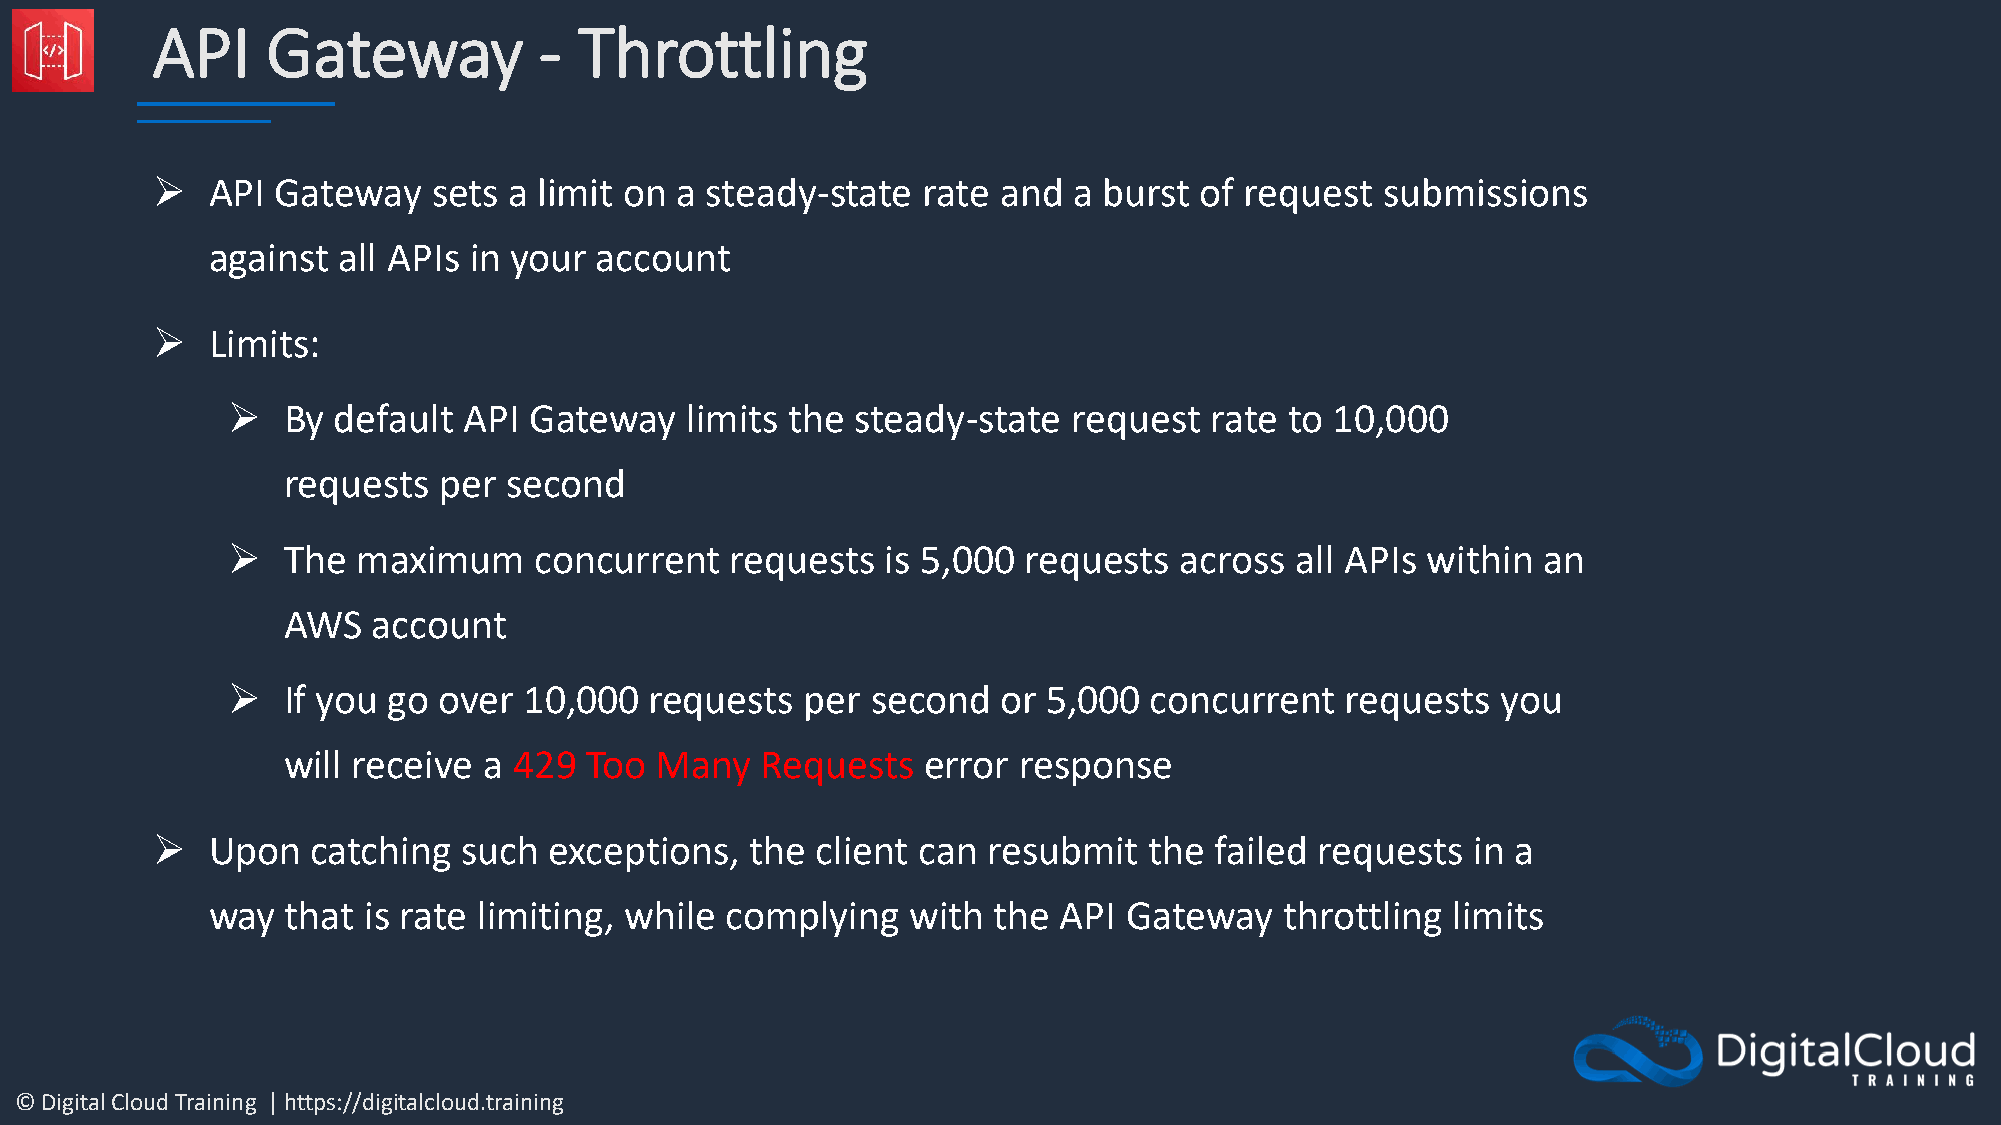
API     Gateway           - Throttling
 ➢   API Gateway    sets a limit on a steady-state  rate and  a burst of request   submissions
 against all APIs in your account
 ➢   Limits:
 ➢   By default  API Gateway   limits the  steady-state  request  rate to 10,000
 requests  per second
 ➢   The  maximum    concurrent   requests   is 5,000 requests  across  all APIs within an
 AWS   account
 ➢   If you go over  10,000  requests  per  second  or 5,000  concurrent   requests  you
 will receive a 429  Too Many   Requests   error response
 ➢   Upon   catching  such exceptions,   the client can resubmit   the failed requests   in a
 way  that is rate limiting, while complying   with  the API Gateway    throttling limits
 © Digital Cloud Training | https://digitalcloud.training